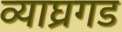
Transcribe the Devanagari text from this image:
व्याघ्रगड